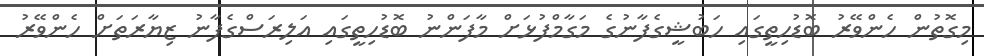
މިގޮތުން ހެންވޭރު ބޮޑުހިތީގައި ހަބުޝީގެފާނުގެ މަގާމްފުޅަށް މާފަންނު ބޮޑުހިތީގައި އަލިރަސްގެފާނު ޒިޔާރަތަށް ހެންވޭރު